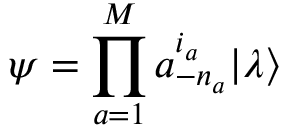
\psi = \prod _ { a = 1 } ^ { M } a _ { - n _ { a } } ^ { i _ { a } } | \lambda \rangle